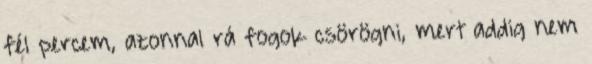
fél percem, azonnal rá fogok csörögni, mert addig nem